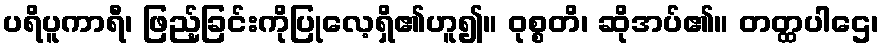
ပရိပူကာရီ၊ ဖြည့်ခြင်းကိုပြုလေ့ရှိ၏ဟူ၍။ ဝုစ္စတိ၊ ဆိုအပ်၏။ တတ္ထပါဌေ၊